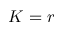
K = r